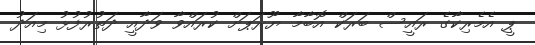
ޕީ އެމެރިކާގެ ރައީސް ބަރަކް އޮބާމާ ޔޫރަޕަށް ކުރައްވާ ވަދާއީ ދަތުރުފުޅު މިއަދު